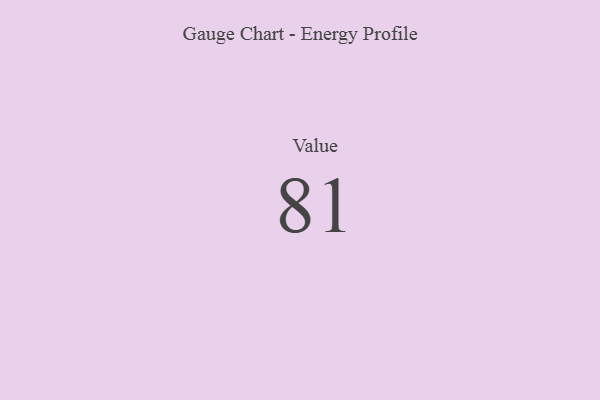
{"axis": {"x": "Metric", "y": "Value"}, "legend": [""], "data": [{"x": "Value", "y": 81, "type": ""}]}